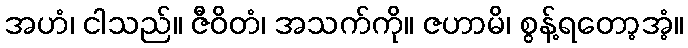
အဟံ၊ ငါသည်။ ဇီဝိတံ၊ အသက်ကို။ ဇဟာမိ၊ စွန့်ရတော့အံ့။